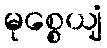
မုစ္စေယျံ